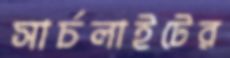
সার্চলাইটের